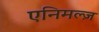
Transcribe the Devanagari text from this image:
एनिमल्ज़